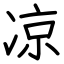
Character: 凉